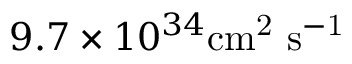
9 . 7 \times 1 0 ^ { 3 4 } \mathrm { { c m } ^ { 2 } \ \mathrm { { s } ^ { - 1 } } }